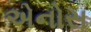
એનોસ